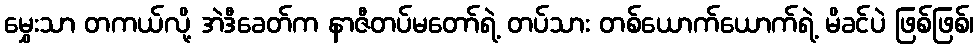
မွှေးသာ တကယ်လို့ အဲဒီခေတ်က နာဇီတပ်မတော်ရဲ့ တပ်သား တစ်ယောက်ယောက်ရဲ့ မိခင်ပဲ ဖြစ်ဖြစ်၊